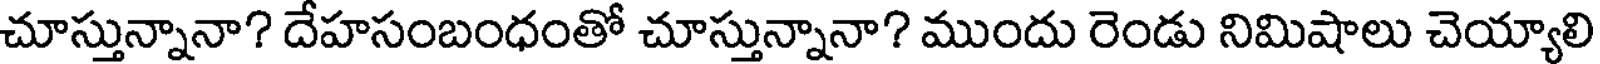
చూస్తున్నానా? దేహసంబంధంతో చూస్తున్నానా? ముందు రెండు నిమిషాలు చెయ్యాలి